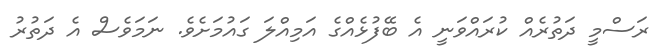
ރަސްމީ ދަތުރެއް ކުރައްވަނީ އެ ބޭފުޅެއްގެ އަމިއްލަ ގައުމަށެވެ. ނަމަވެސް އެ ދަތުރު